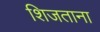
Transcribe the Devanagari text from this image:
शिजताना